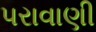
પરાવાણી